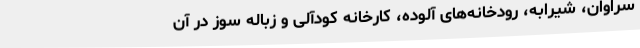
سراوان، شیرابه، رودخانه‌های آلوده، کارخانه کودآلی و زباله سوز در آن